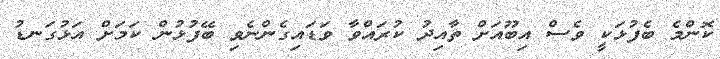
ކޮންމެ ބެފުޅަކީ ވެސް އިބޫއަށް ތާއިދު ކުރައްވާ ވަޑައިގެންނެވި ބޭފުޅުން ކަމަށް އަޅުގަނޑު